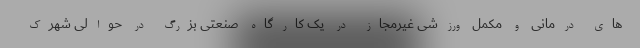
های درمانی و مکمل ورزشی غیرمجاز در یک کارگاه صنعتی بزرگ در حوالی شهرک